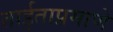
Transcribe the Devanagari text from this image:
ताईताप्रमाणे